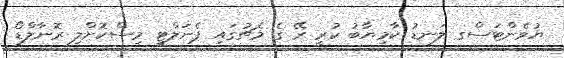
ޔުވެންޓަސްގ ލަނޑު ކާމިޔާބު ކުރީ ރޭ ގެ މެޗުގައި ޕެނަލްޓީ މިސްކޮށްލި ރޮނާލްޑޯ